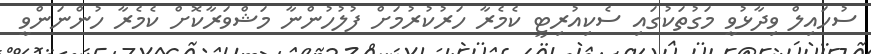
ސުހައިލް ވިދާޅުވީ މަގުތަކުގައި ސެކިއުރިޓީ ކެމެރާ ހަރުކުރުމަށް ފުލުހުންނާ މަޝްވަރާކޮށް ކެމެރާ ހުންނަންވީ